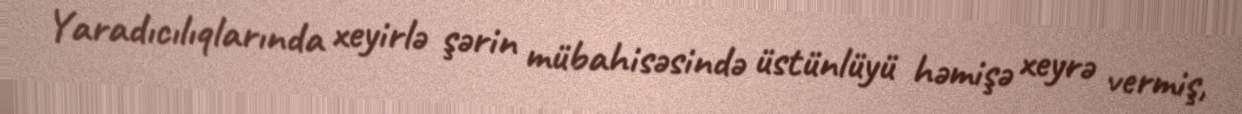
Yaradıcılıqlarında xeyirlə şərin mübahisəsində üstünlüyü həmişə xeyrə vermiş,